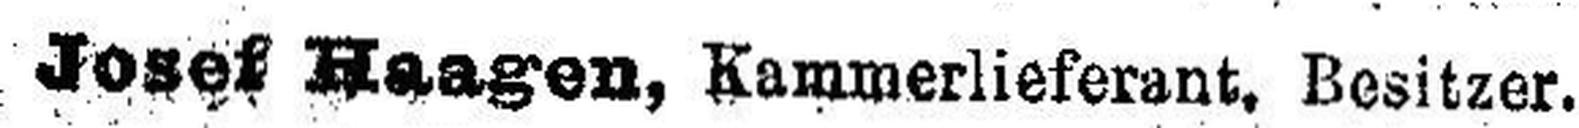
Josef Haagen, Kammerlieferant, Besitzer.